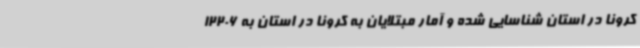
کرونا در استان شناسایی شده و آمار مبتلایان به کرونا در استان به 12206